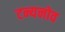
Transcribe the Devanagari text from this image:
टन्यनोव